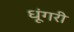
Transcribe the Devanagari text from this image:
धूंगरी